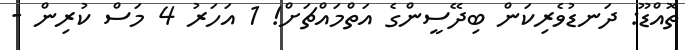
ތޮއްޑޫ: ދަނޑުވެރިކަން ބިދޭސީންގެ އަތްމައްޗަށް! 1 އަހަރު 4 މަސް ކުރިން -